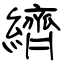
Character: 纃